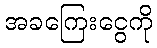
အခကြေးငွေကို